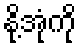
နို့အုံကို